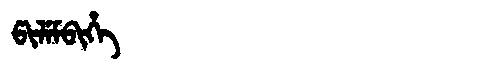
Manchu: ᡦᡳᠯᡝᠮᠪᡳᡥᡝ
Romanization: PILEMBIHE